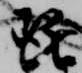
琵